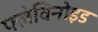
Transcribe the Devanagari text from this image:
फ्लेविनोइड